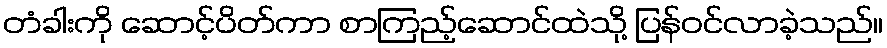
တံခါးကို ဆောင့်ပိတ်ကာ စာကြည့်ဆောင်ထဲသို့ ပြန်ဝင်လာခဲ့သည်။